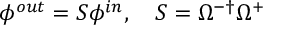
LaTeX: \phi ^ { o u t } = S \phi ^ { i n } , \quad S = \Omega ^ { - \dagger } \Omega ^ { + }